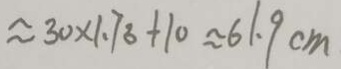
\approx 3 0 \times 1 . 7 3 + 1 0 \approx 6 1 . 9 c m